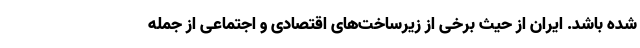
شده باشد. ایران از حیث برخی از زیرساخت‌های اقتصادی و اجتماعی از جمله